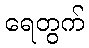
ရေတွက်